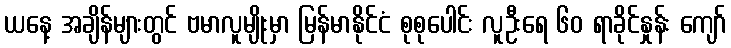
ယနေ့ အချိန်များတွင် ဗမာလူမျိုးမှာ မြန်မာနိုင်ငံ စုစုပေါင်း လူဦးရေ ၆၀ ရာခိုင်နှုန်း ကျော်